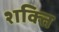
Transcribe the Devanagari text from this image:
श्‍ाक्‍ित